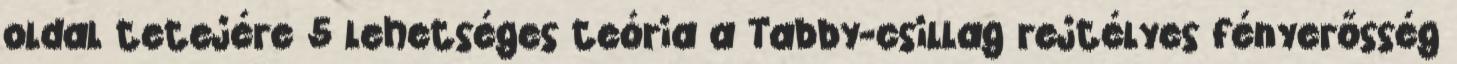
oldal tetejére 5 lehetséges teória a Tabby-csillag rejtélyes fényerősség